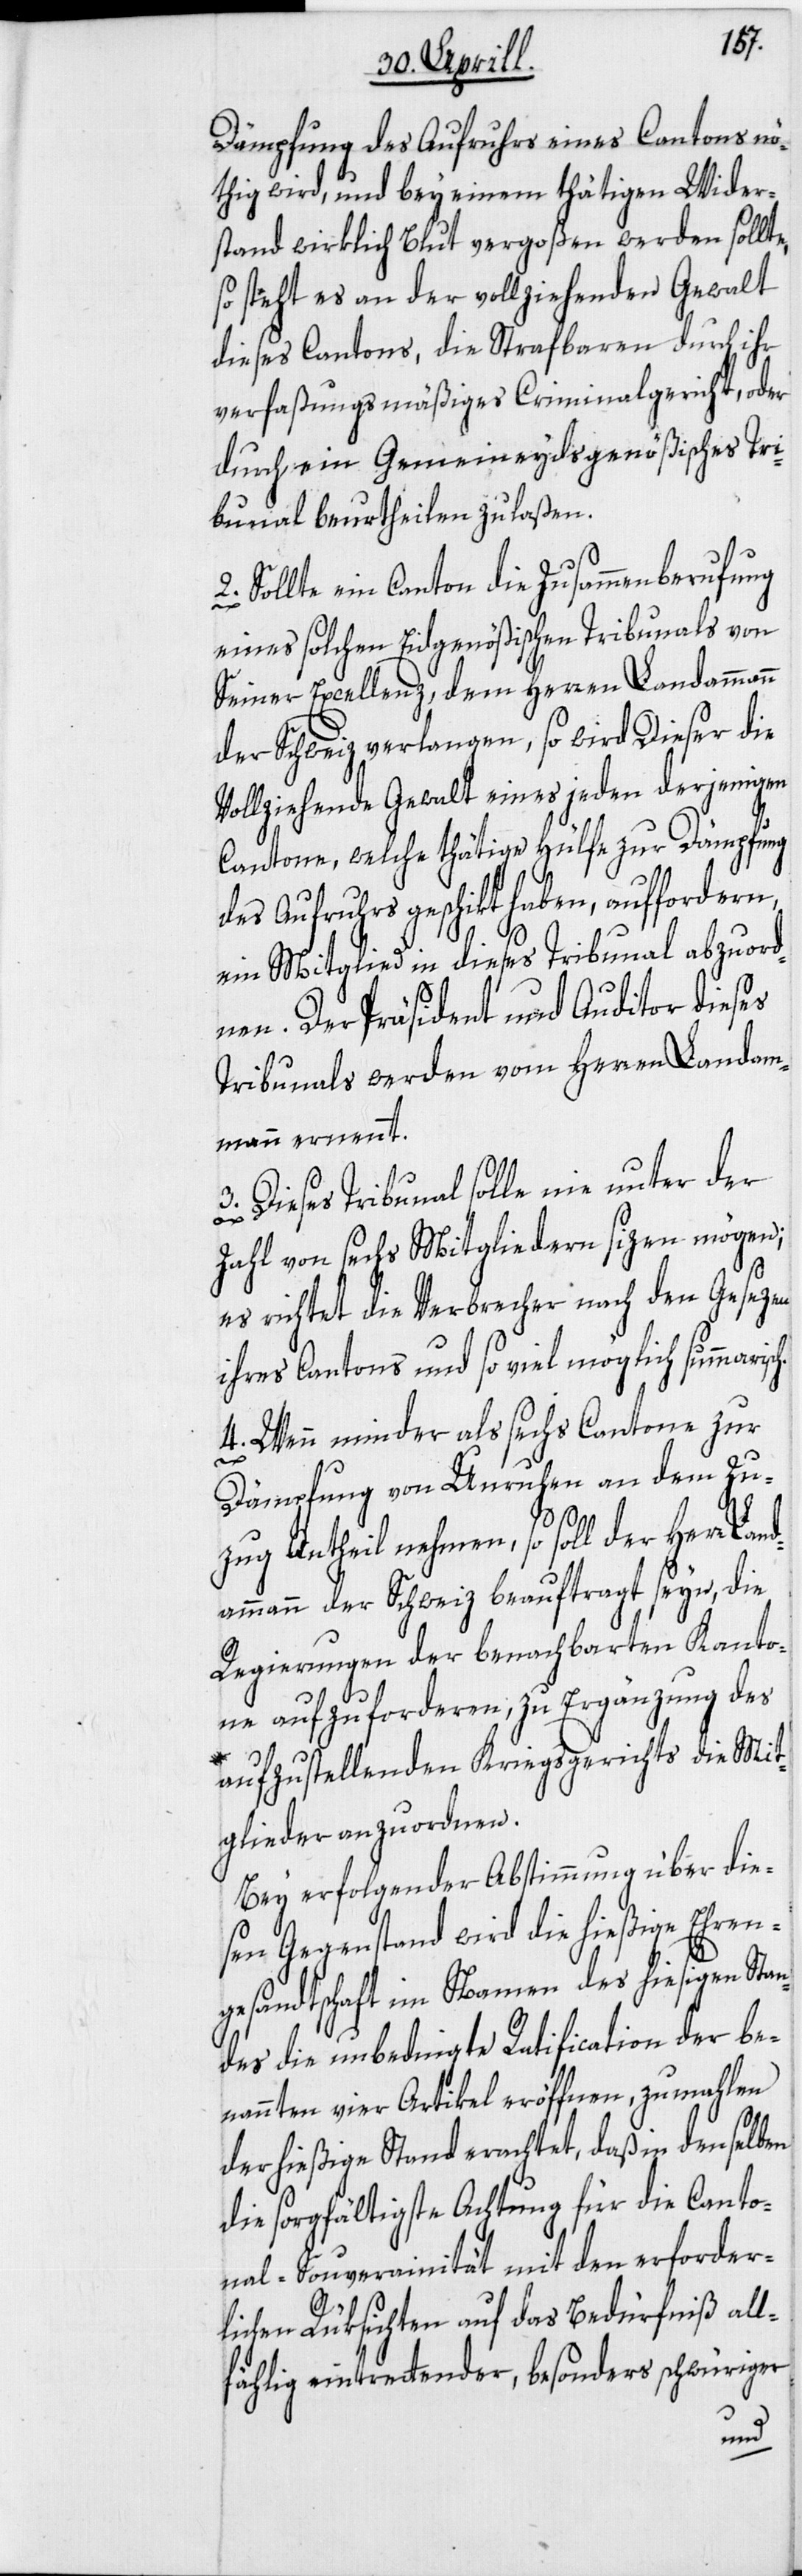
Dämpfung des Aufruhrs eines Cantons nö¬
thig wird, und bey einem thätigen Wider¬
stand wirklich Blut vergoßen werden sollte,
so steht es an der vollziehenden Gewalt
dieses Cantons, die Strafbaren durch ihr
verfaßungsmäßiges Criminalgericht, oder
durch ein Gemeineydsgenößisches Tri¬
bunal beurtheilen zu laßen.
2. Sollte ein Canton die Zusammenberufung
eines solchen Eidgenößischen Tribunals von
Seiner Excellenz, dem Herren Landammann
der Schweiz verlangen, so wird Dieser die
Vollziehende Gewalt eines jeden derjenigen
Cantone, welche thätige Hülfe zur Dämpfung
des Aufruhrs geschikt haben, auffordern,
ein Mitglied in dieses Tribunal abzuord¬
nen. Der Präsident und Auditor dieses
Tribunals werden vom Herren Landam¬
mann ernennt.
3. Dieses Tribunal solle nie unter der
Zahl von sechs Mitgliedern sizen mögen;
es richtet die Verbrecher nach den Gesezen
ihres Cantons und so viel möglich summarisc¬
4. Wenn minder als sechs Cantone zur
h.
Dämpfung von Unruhen an dem Zu¬
zug Antheil nehmen, so soll der Herr La¬
ndammann der Schweiz beauftragt seyn, die
Regierungen der benachbarten Kanto¬
ne aufzuforderen, zu Ergänzung des
aufzustellenden Kriegsgerichts die Mit¬
glieder anzuordnen.
Bey erfolgender Abstimmung über die¬
sen Gegenstand wird die hießige Ehren¬
gesandtschaft im Namen des hiesigen Stan¬
des die unbedingte Ratification der be¬
nannten vier Artikel eröffnen, zumahlen
der hießige Stand erachtet, daß in denselben
die sorgfältigste Achtung für die Canto¬
nal-Souverainität mit den erforder¬
lichen Rüksichten auf das Bedürfniß all¬
fählig eintrettender, besonders schwüriger